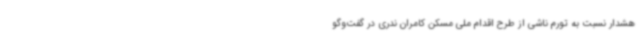
هشدار نسبت به تورم ناشی از طرح اقدام ملی مسکن کامران ندری در گفت‌وگو